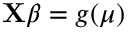
\mathbf { X } { \boldsymbol { \beta } } = g ( \mu ) \,